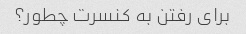
برای رفتن به کنسرت چطور؟